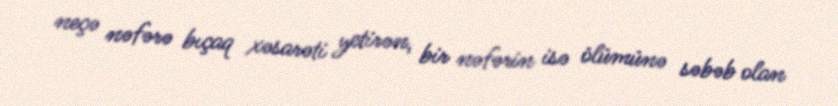
neçə nəfərə bıçaq xəsarəti yetirən, bir nəfərin isə ölümünə səbəb olan